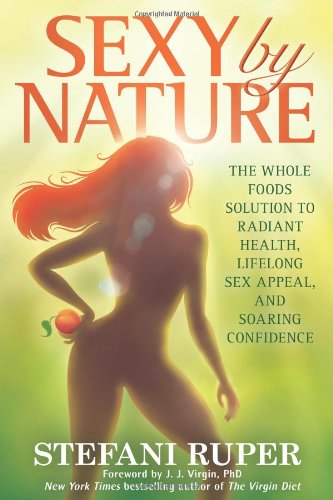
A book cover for Sexy by Nature: The Whole Foods Solution to Radiant Health, Life-Long Sex Appeal, and Soaring Confidence; Stefani Ruper; Cookbooks, Food & Wine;